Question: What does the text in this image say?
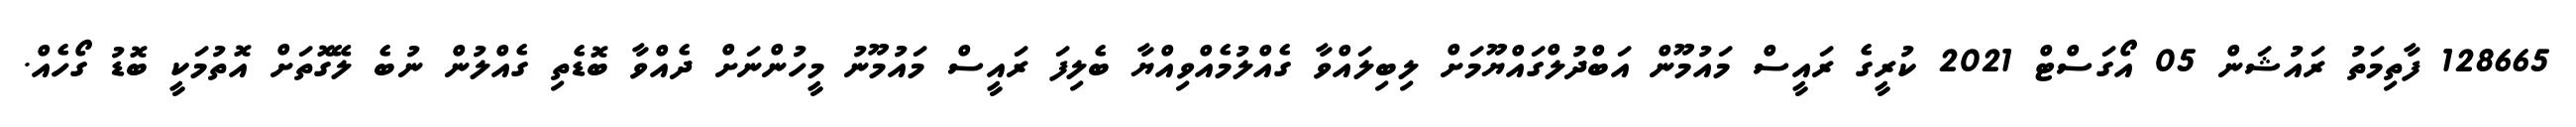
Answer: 128665 ފާތިމަތު ރައުޝަން 05 އޯގަސްޓް 2021 ކުރީގެ ރައީސް މައުމޫން އަބްދުލްގައްޔޫމަށް ލިބިލައްވާ ގެއްލުމެއްވިއްޔާ ބެލިފަ ރައީސް މައުމޫނު މީހުންނަށް ދެއްވާ ބޮޑެތި ގެއްލުން ނުބެ ލޭގޮތަށް އޮތުމަކީ ބޮޑު ގޯހެއް.